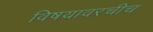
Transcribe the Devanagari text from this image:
विषयावरचीच